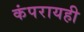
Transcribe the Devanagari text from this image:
कंपरायही